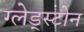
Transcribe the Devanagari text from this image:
ग्लेड्स्टोन